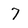
Character: 7